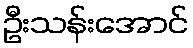
ဦးသန်းအောင်